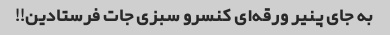
به جای پنیر ورقه‌ای کنسرو سبزی جات فرستادین!!